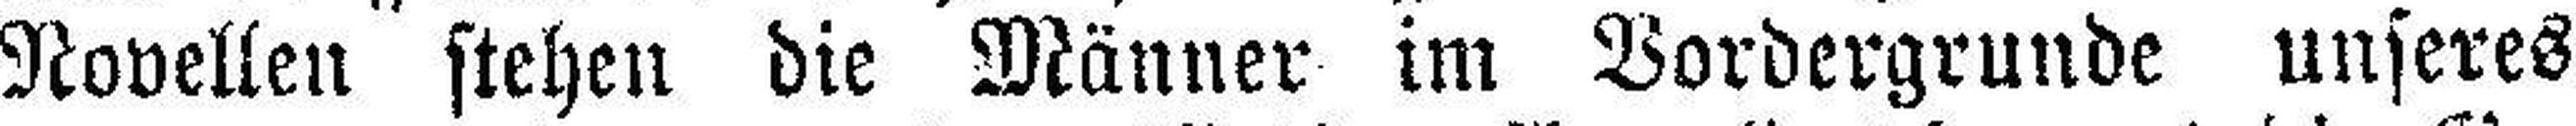
Novellen stehen die Männer im Vordergrunde unseres